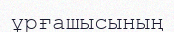
ұрғашысының